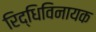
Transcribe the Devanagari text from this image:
रिद्धिविनायक